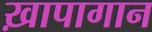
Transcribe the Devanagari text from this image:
ख़ापागान